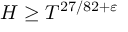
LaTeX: H \geq T ^ { 2 7 / 8 2 + \varepsilon }